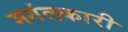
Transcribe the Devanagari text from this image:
मगंलकारी